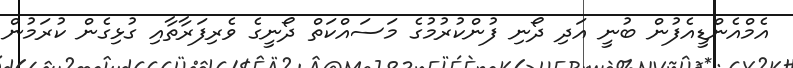
އެމްއެންޑީއެފުން ބުނީ އަދި ދޯނި ފުންކުރުމުގެ މަސައްކަތް ދޯނީގެ ވެރިފަރާތާއި ގުޅިގެން ކުރަމުން